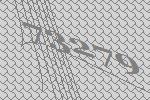
73279